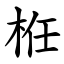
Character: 栣